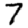
Digit: 7